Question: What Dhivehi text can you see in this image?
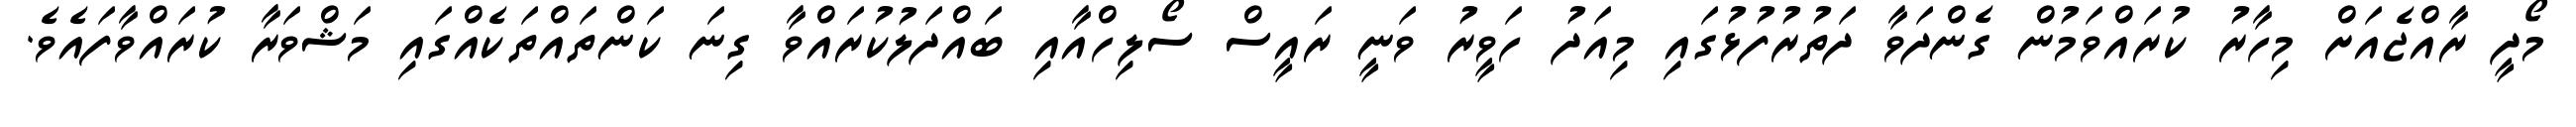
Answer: މޯދީ ރާއްޖެއަށް މިހާރު ކުރައްވަމުން ގެންދަވާ ދަތުރުފުޅުގައި މިއަދު ހަވީރު ވަނީ ރައީސް ސޯލިހްއާއި ބައްދަލުކުރައްވާ ގިނަ ކަންތައްތަކެއްގައި މަޝްވަރާ ކުރައްވާފައެވެ.